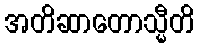
အတိဆာတောသ္မီတိ